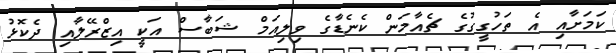
ކަމަށާއި އެ ތަހުގީގުގެ ޗެއާމަން ކެނެޑާގެ ވިލިއަމް ޝަބާސް އަކީ އިޒްރޭލާއި ދެކޮޅު